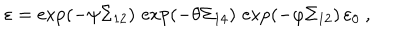
\varepsilon = \exp ( - \psi \Sigma _ { 1 2 } ) \, \exp ( - \theta \Sigma _ { 1 4 } ) \, \exp ( - \varphi \Sigma _ { 1 2 } ) \, \varepsilon _ { 0 } ~ ,